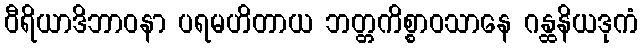
ဝီရိယာဒိဘာဝနာ ပရမဟိတာယ ဘတ္တကိစ္စာဝသာနေ ဂန္ထနိယဒုကံ